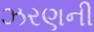
ઝરણની